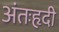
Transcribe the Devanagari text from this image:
अंतःहृदी